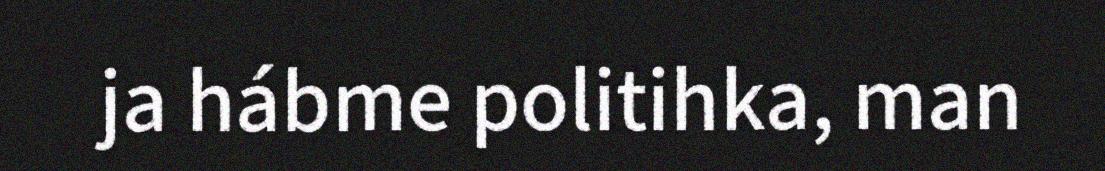
ja hábme politihka, man